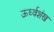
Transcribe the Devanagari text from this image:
ऊर्ध्वशंख